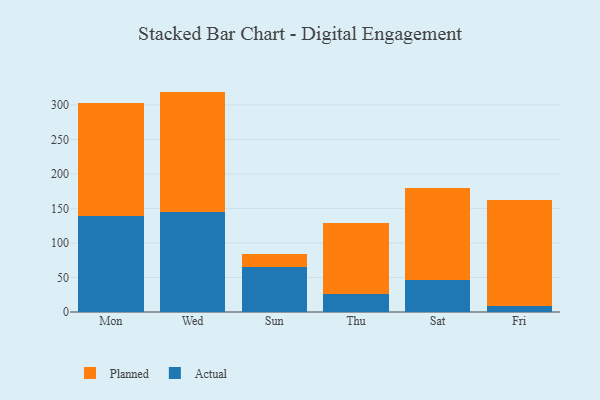
{"axis": {"x": "Day", "y": "Population (Million)"}, "legend": ["Actual", "Planned"], "data": [{"x": "Mon", "y": 138.5, "type": "Actual"}, {"x": "Mon", "y": 165.0, "type": "Planned"}, {"x": "Wed", "y": 144.2, "type": "Actual"}, {"x": "Wed", "y": 175.1, "type": "Planned"}, {"x": "Sun", "y": 65.4, "type": "Actual"}, {"x": "Sun", "y": 18.9, "type": "Planned"}, {"x": "Thu", "y": 26.5, "type": "Actual"}, {"x": "Thu", "y": 102.5, "type": "Planned"}, {"x": "Sat", "y": 47.0, "type": "Actual"}, {"x": "Sat", "y": 132.5, "type": "Planned"}, {"x": "Fri", "y": 9.1, "type": "Actual"}, {"x": "Fri", "y": 152.5, "type": "Planned"}]}